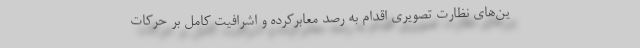
ین‌های نظارت تصویری اقدام به رصد معابرکرده و اشرافیت کامل بر حرکات